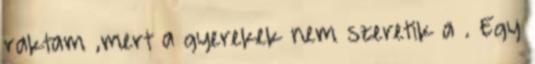
raktam ,mert a gyerekek nem szeretik a . Egy